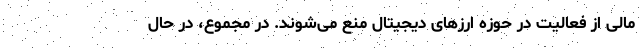
مالی از فعالیت در حوزه ارزهای دیجیتال منع می‌شوند. در مجموع، در حال